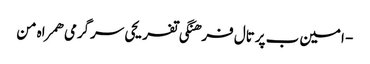
- امین ب پرتال فرهنگی تفریحی سرگرمی همراه من